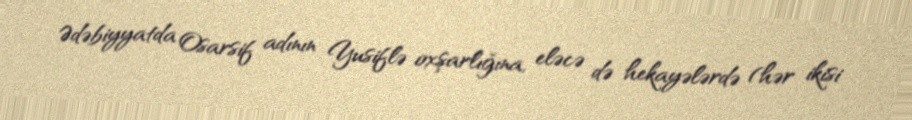
Ədəbiyyatda Osarsif adının Yusiflə oxşarlığına, eləcə də hekayələrdə (hər ikisi